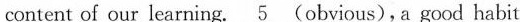
content of our learning. \underline{5}(obvious), a good habit